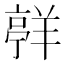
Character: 𮊯